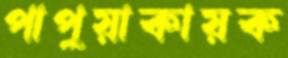
পাপুয়াকায়ক